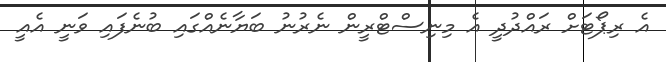
އެ ރިޕޯޓަށް ރައްދުދީ އެ މިނިސްޓްރީން ނެރުނު ބަޔާނެއްގައި ބުނެފައި ވަނީ އެއީ